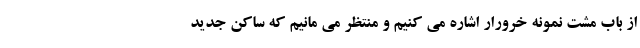
از باب مشت نمونه خرورار اشاره می کنیم و منتظر می مانیم که ساکن جدید